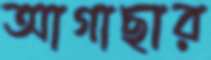
আগাছার